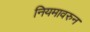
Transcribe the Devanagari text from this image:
नियमावरुन